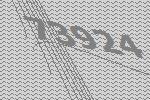
73924